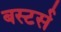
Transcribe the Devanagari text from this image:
बस्टर्स